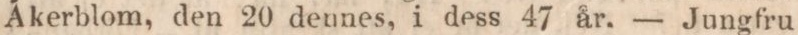
Åkerblom, den 20 dennes, i dess 47 år. — Jungfru